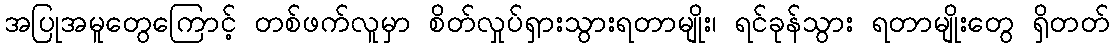
အပြုအမူတွေကြောင့် တစ်ဖက်လူမှာ စိတ်လှုပ်ရှားသွားရတာမျိုး၊ ရင်ခုန်သွား ရတာမျိုးတွေ ရှိတတ်